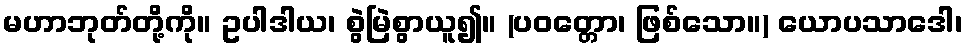
မဟာဘုတ်တို့ကို။ ဥပါဒါယ၊ စွဲမြဲစွာယူ၍။ (ပဝတ္တော၊ ဖြစ်သော။) ယောပသာဒေါ၊